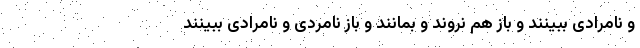
و نامرادی ببینند و باز هم نروند و بمانند و باز نامردی و نامرادی ببینند